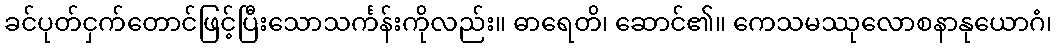
ခင်ပုတ်ငှက်တောင်ဖြင့်ပြီးသောသင်္ကန်းကိုလည်း။ ဓာရေတိ၊ ဆောင်၏။ ကေသမဿုလောစနာနုယောဂံ၊